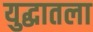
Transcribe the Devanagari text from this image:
युद्धातला